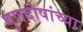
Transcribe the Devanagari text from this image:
गुणदोषांच्या